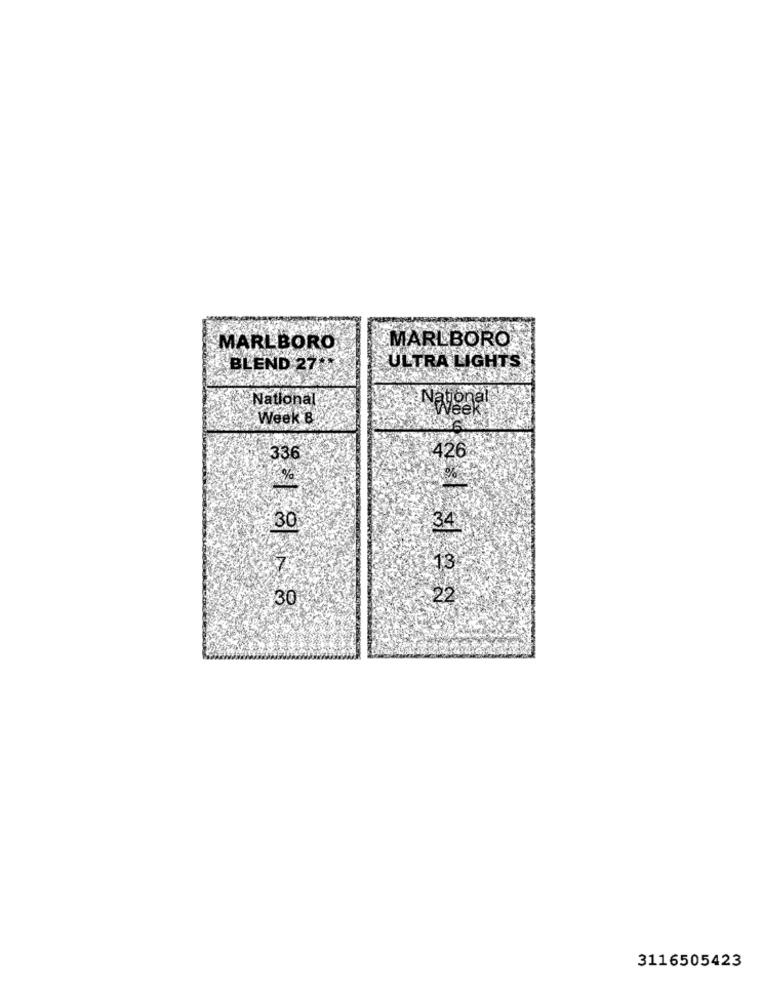
MARLBORO
MARLBORO
BLEND 271
ULTRA LIGHTS
National
Week B
336
426
30
34
13
30
22
3116505423